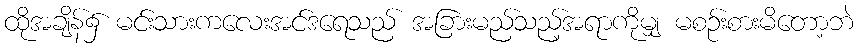
ထိုအချိန်၌ မင်းသားကလေးအင်ဒရေသည် အခြားမည်သည့်အရာကိုမျှ မစဉ်းစားမိတော့ဘဲ